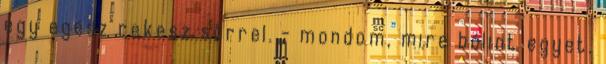
egy egész rekesz sörrel. - mondom, mire bólint egyet.